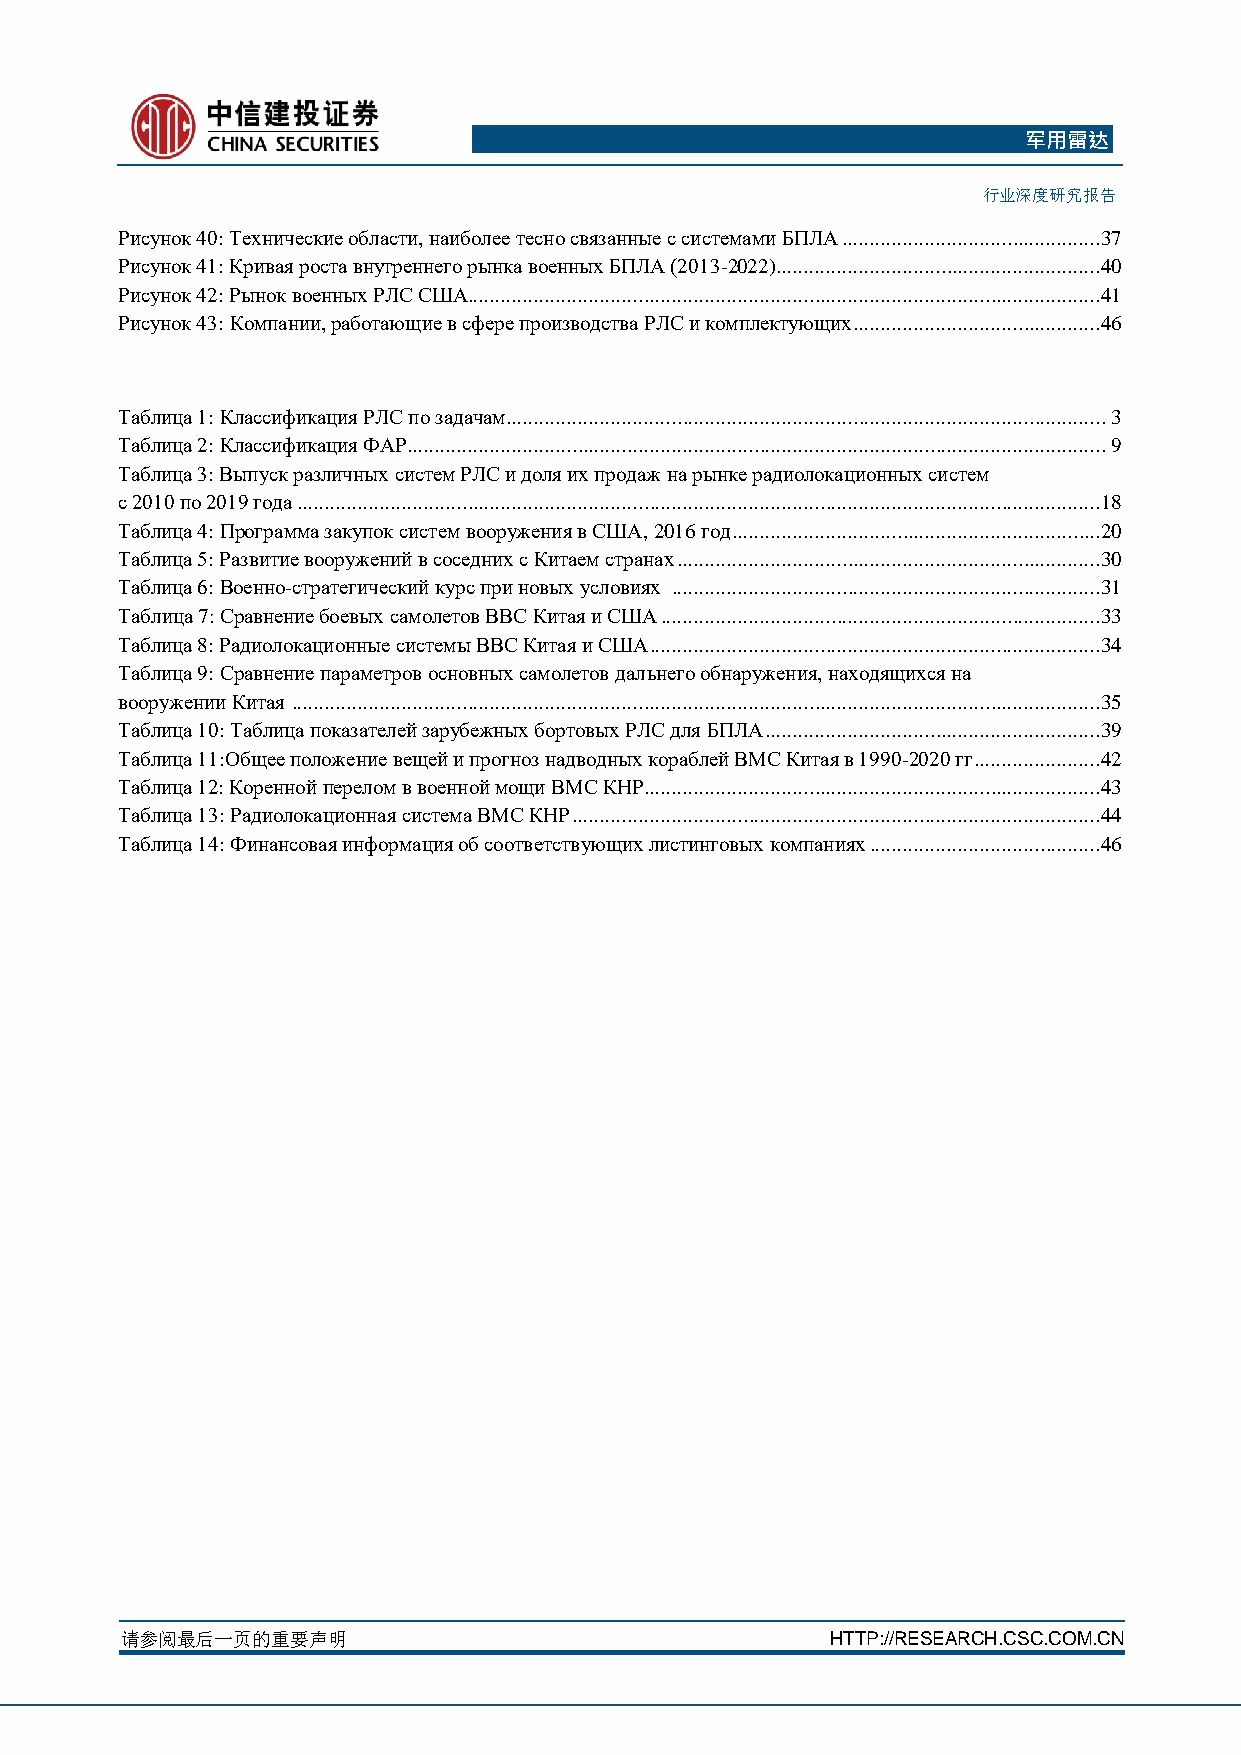
军用雷达
 行业深度研究报告
 Рисунок 40: Технические области, наиболее тесно связанные с системами БПЛА ...............................................37
 Рисунок 41: Кривая роста внутреннего рынка военных БПЛА (2013-2022) ...........................................................40
 Рисунок 42: Рынок военных РЛС США...................................................................................................................41
 Рисунок 43: Компании, работающие в сфере производства РЛС и комплектующих.............................................46
 Таблица 1: Классификация РЛС по задачам ............................................................................................................. 3
 Таблица 2: Классификация ФАР ............................................................................................................................... 9
 Таблица 3: Выпуск различных систем РЛС и доля их продаж на рынке радиолокационных систем
 с 2010 по 2019 года ..................................................................................................................................................18
 Таблица 4: Программа закупок систем вооружения в США, 2016 год ...................................................................20
 Таблица 5: Развитие вооружений в соседних с Китаем странах .............................................................................30
 Таблица 6: Военно-стратегический курс при новых условиях ..............................................................................31
 Таблица 7: Сравнение боевых самолетов ВВС Китая и США ................................................................................33
 Таблица 8: Радиолокационные системы ВВС Китая и США ..................................................................................34
 Таблица 9: Сравнение параметров основных самолетов дальнего обнаружения, находящихся на
 вооружении Китая ...................................................................................................................................................35
 Таблица 10: Таблица показателей зарубежных бортовых РЛС для БПЛА .............................................................39
 Таблица 11:Общее положение вещей и прогноз надводных кораблей ВМС Китая в 1990-2020 гг .......................42
 Таблица 12: Коренной перелом в военной мощи ВМС КНР...................................................................................43
 Таблица 13: Радиолокационная система ВМС КНР ................................................................................................44
 Таблица 14: Финансовая информация об соответствующих листинговых компаниях ..........................................46
 请参阅最后一页的重要声明                                   HTTP://RESEARCH.CSC.COM.CN